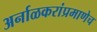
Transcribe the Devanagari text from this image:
अर्नाळकरांप्रमाणेच